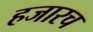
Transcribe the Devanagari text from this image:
हजारच